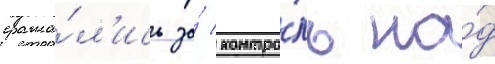
сража́л'ись за́ контро́ль на́д